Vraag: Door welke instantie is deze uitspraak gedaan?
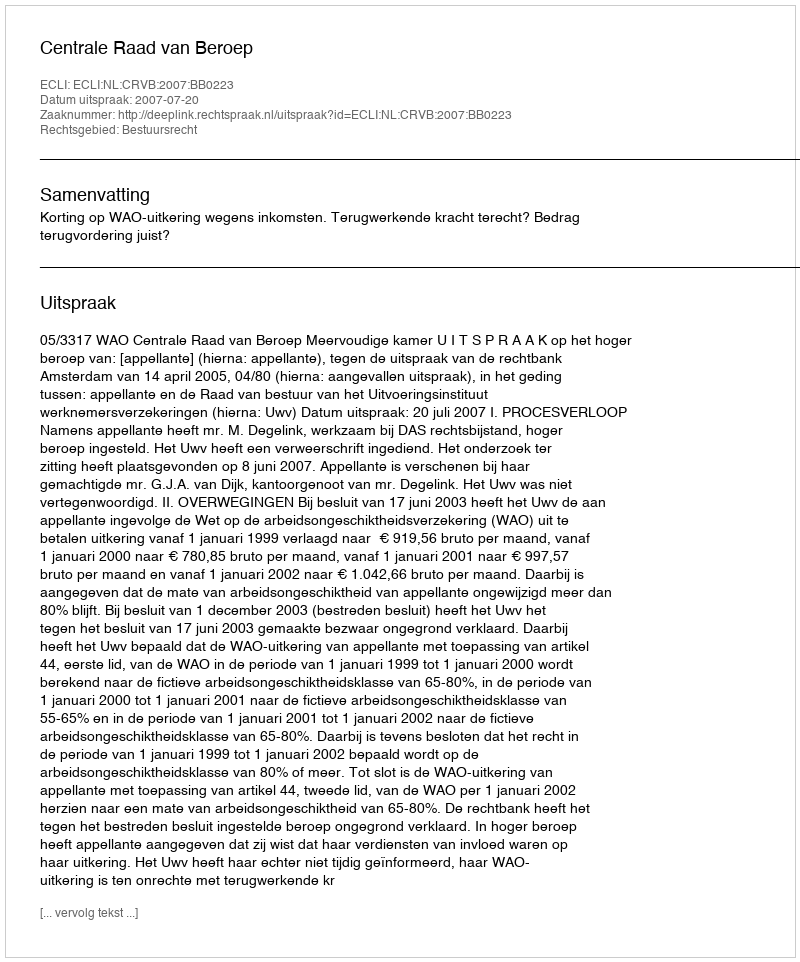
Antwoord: Centrale Raad van Beroep